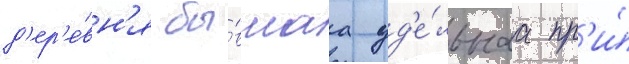
д'ер'е́вн'я бы́вшаа уд'е́льнаа пр'и́